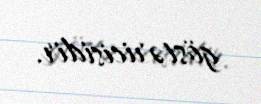
göstəricisidir.